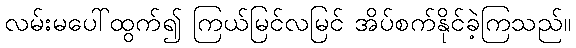
လမ်းမပေါ်ထွက်၍ ကြယ်မြင်လမြင် အိပ်စက်နိုင်ခဲ့ကြသည်။